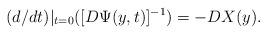
LaTeX: \begin{align*}(d/dt)|_{t=0}([D\Psi(y,t)]^{-1})=-DX(y).\end{align*}